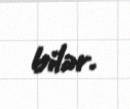
bilər.